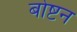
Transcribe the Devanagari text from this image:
बोष्टन